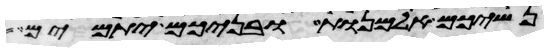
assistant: נשיכם אלמנות ובניכם יתומים